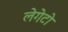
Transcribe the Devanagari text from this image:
लेगेटो